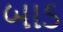
બાડ